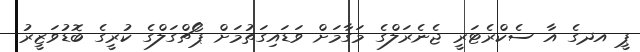
ޕީ އދގެ އާ ސެކްރެޓަރީ ޖެނެރަލްގެ މަގާމަށް ވަޑައިގަތުމަށް ޕޯޗްގަލްގެ ކުރީގެ ބޮޑުވަޒީރު